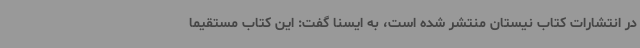
در انتشارات کتاب نیستان منتشر شده است، به ایسنا گفت: این کتاب مستقیما